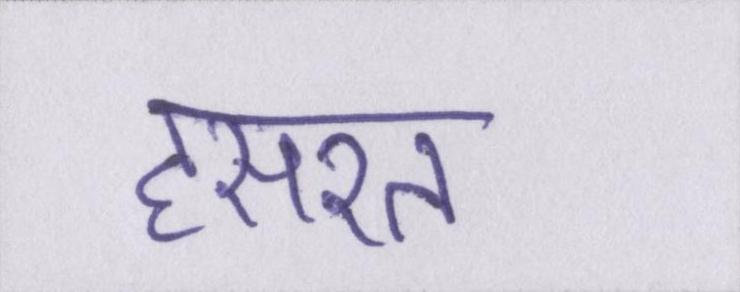
हसरत